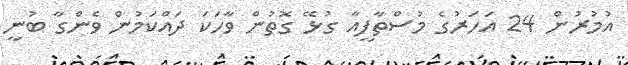
އުމުރުން 24 އަހަރުގެ މުސްތާފީއާ ގުޅޭ ގޮތުން ވާހަކަ ދައްކަމުން ވެންގާ ބުނީ